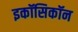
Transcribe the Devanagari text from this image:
इकॉसिकॉन